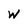
Character: w